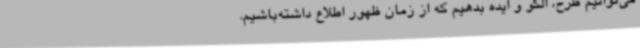
می‌توانیم طرح، الگو و ایده بدهیم که از زمان ظهور اطلاع داشته‌باشیم.